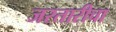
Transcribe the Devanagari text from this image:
जरतारीचा